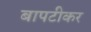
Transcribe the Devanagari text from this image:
बापटीकर